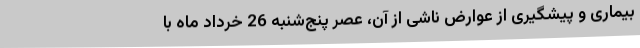
بیماری و پیشگیری از عوارض ناشی از آن، عصر پنج‌شنبه 26 خرداد ماه با